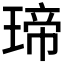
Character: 𤧛